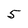
Character: 5